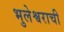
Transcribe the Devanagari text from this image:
भुलेश्वराची